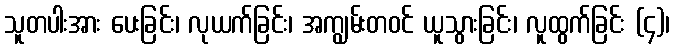
သူတပါးအား ပေးခြင်း၊ လုယက်ခြင်း၊ အကျွမ်းတဝင် ယူသွားခြင်း၊ လူထွက်ခြင်း (၄)၊